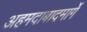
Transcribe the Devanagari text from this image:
अहमदाबादमार्गे